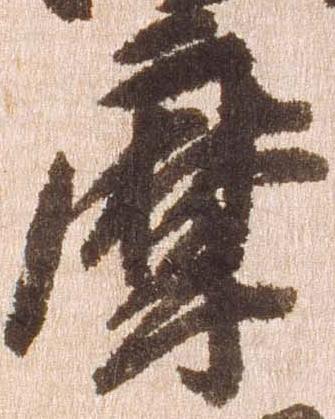
摩